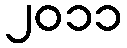
၂၀၁၁